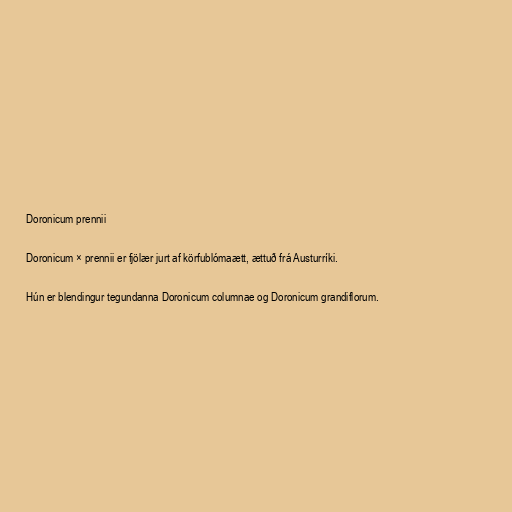
Doronicum prennii

Doronicum × prennii er fjölær jurt af körfublómaætt, ættuð frá Austurríki.

Hún er blendingur tegundanna Doronicum columnae og Doronicum grandiflorum.